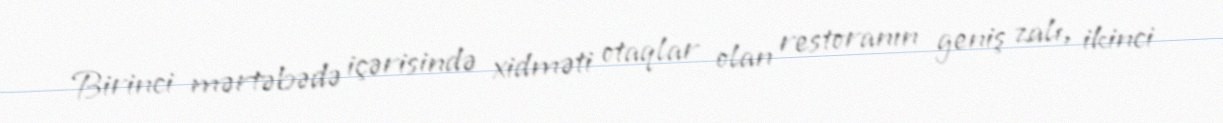
Birinci mərtəbədə içərisində xidməti otaqlar olan restoranın geniş zalı, ikinci